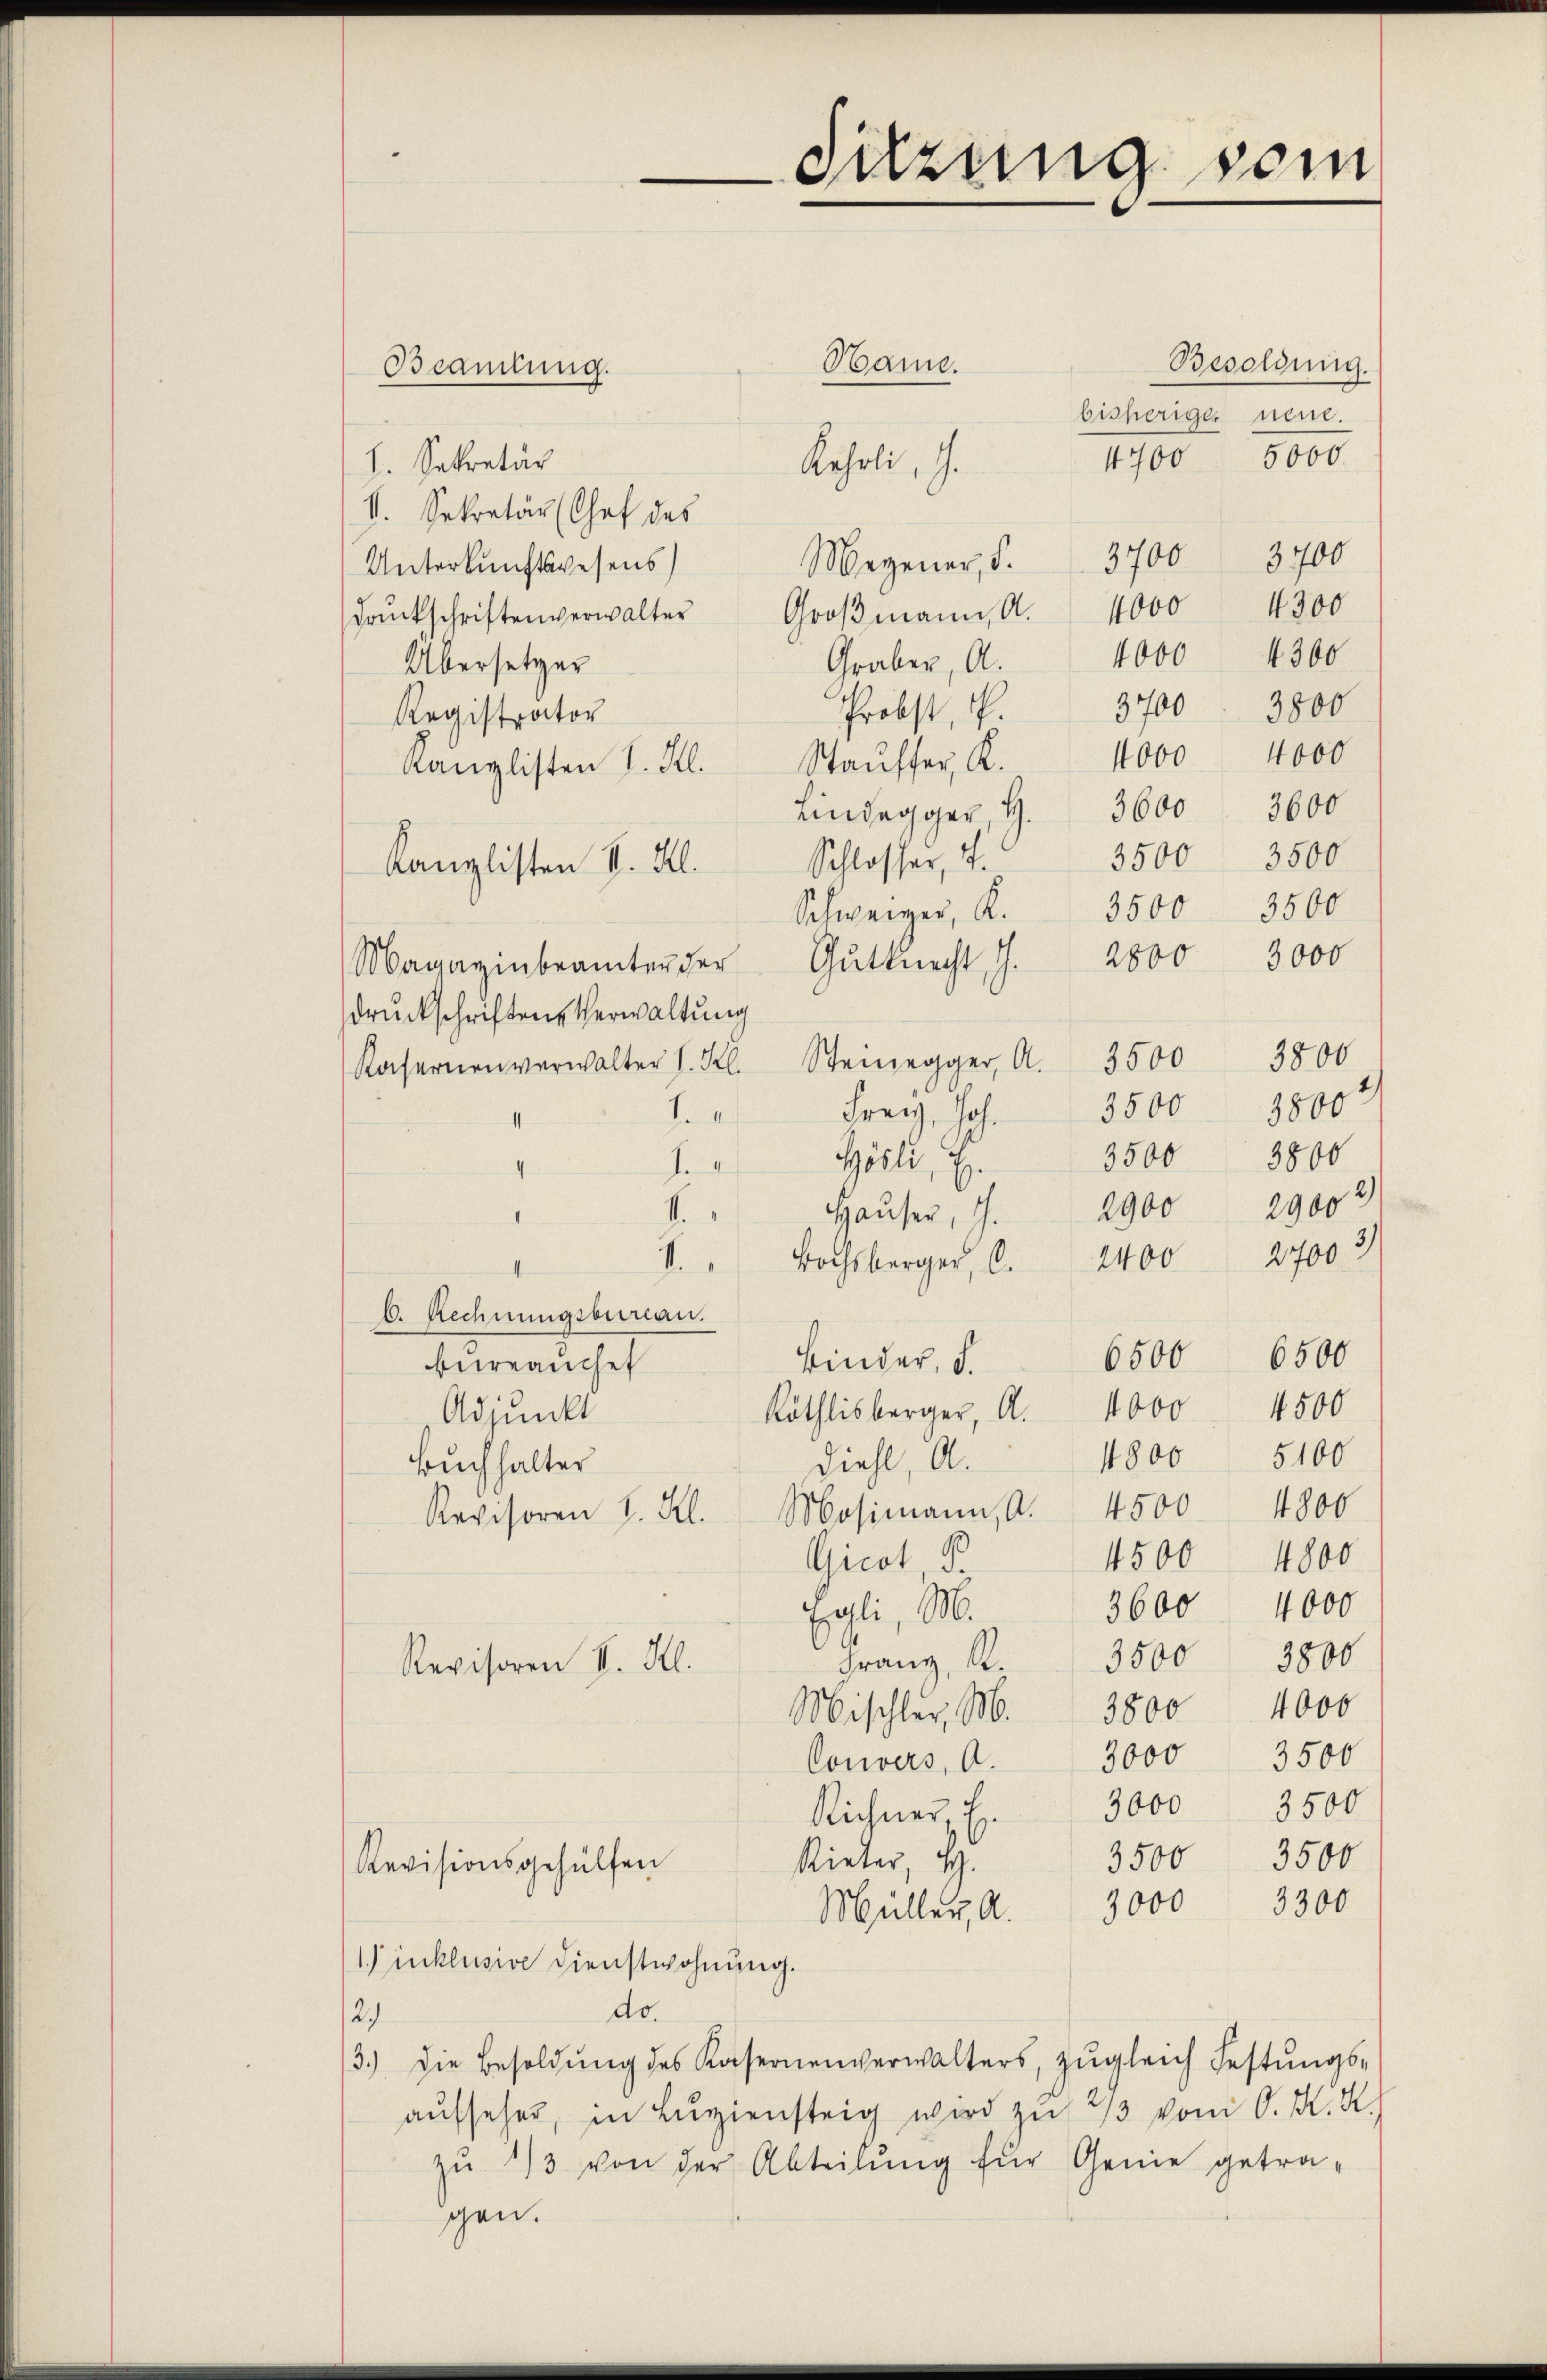
Besoldung.
Hame.
bisheriger neue.
4700 5000.
I. Sekretär
Kehrli, J.
V. Sekretär (Chef des
Megener, S. 3700 3700
Unterkunftswesens
4300
drŭckschriftenverwalter Groβmann, Al. 4000
Graber, A. 4000 4300
Übersetzer
Probst, u. 3700. 3800
Registrator
1000 4000
Kanzlisten I. Kl. Staŭfser, K.
Lindegger H. 3600 3600
3500 3500
Schlosser, 4.
Kanzlisten I. Kl.
3500
3500
Schweizer, K.
Magazinbeamter der Gutknecht, I. 2800 3000
druckschriften Verwaltung
Kasernenverwalter I. Kl. Steinegger, A. 3500 3800
3800
3500
Freiz, Joh.
f
Gösli, E.
J.
4
2900
Hauser, J.
f
I. " Bochsberger, 6. 2400 27003
6. Rechnungsbureau.
6500 6500
Kinder, d.
bureauchet
4500
Röthlisberger, A. 1000
Adjunkt
1800 5100
Diehl, A.
Buchhalter
Revisoren I. Kl. Mosimann, A. 4500 4800
4500 4800
Gicot S.
3600 4000
Egli, M.
3500 3800
Franz, A.
Revisoren V. Kl.
Mischler, M. 3800 4000
Convers, A. 3000 3500
Richner, E. 3000 3500
3500 3500
Rieter, H.
Revisionsgehülfen
Müller, A. 3000 3300
1) inklusive Dienstwohnung.
do.
2)
3.) Die Besoldŭng des Kasernenverwalters, zŭgleich Festŭngs-
aŭfsehen, in Lŭgiensteig wird zu 2/3 vom 6. K. K.
zŭ 1/3 von der Abteilŭng für Genie getra-
gen.

Beamtung.

Sitzung sein

3500 3800

2900